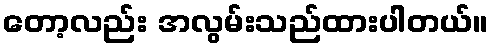
တော့လည်း အလွမ်းသည်ထားပါတယ်။